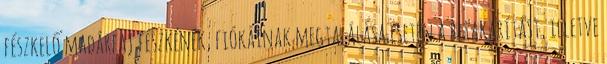
fészkelő madárfaj fészkének, fiókáinak megtalálása esetén a betakarítást, illetve